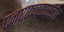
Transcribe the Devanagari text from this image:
एनएएचएएसडीए